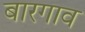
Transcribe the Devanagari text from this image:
बारगाव